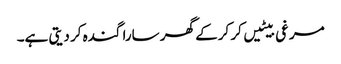
مرغی بیٹیں کر کرکے گھر سارا گندہ کر دیتی ہے۔